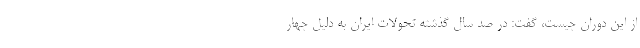
از این دوران چیست، گفت: در صد سال گذشته تحولات ایران به دلیل چهار